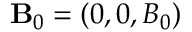
\mathbf { B } _ { 0 } = ( 0 , 0 , B _ { 0 } )